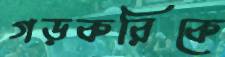
গড়করিকে